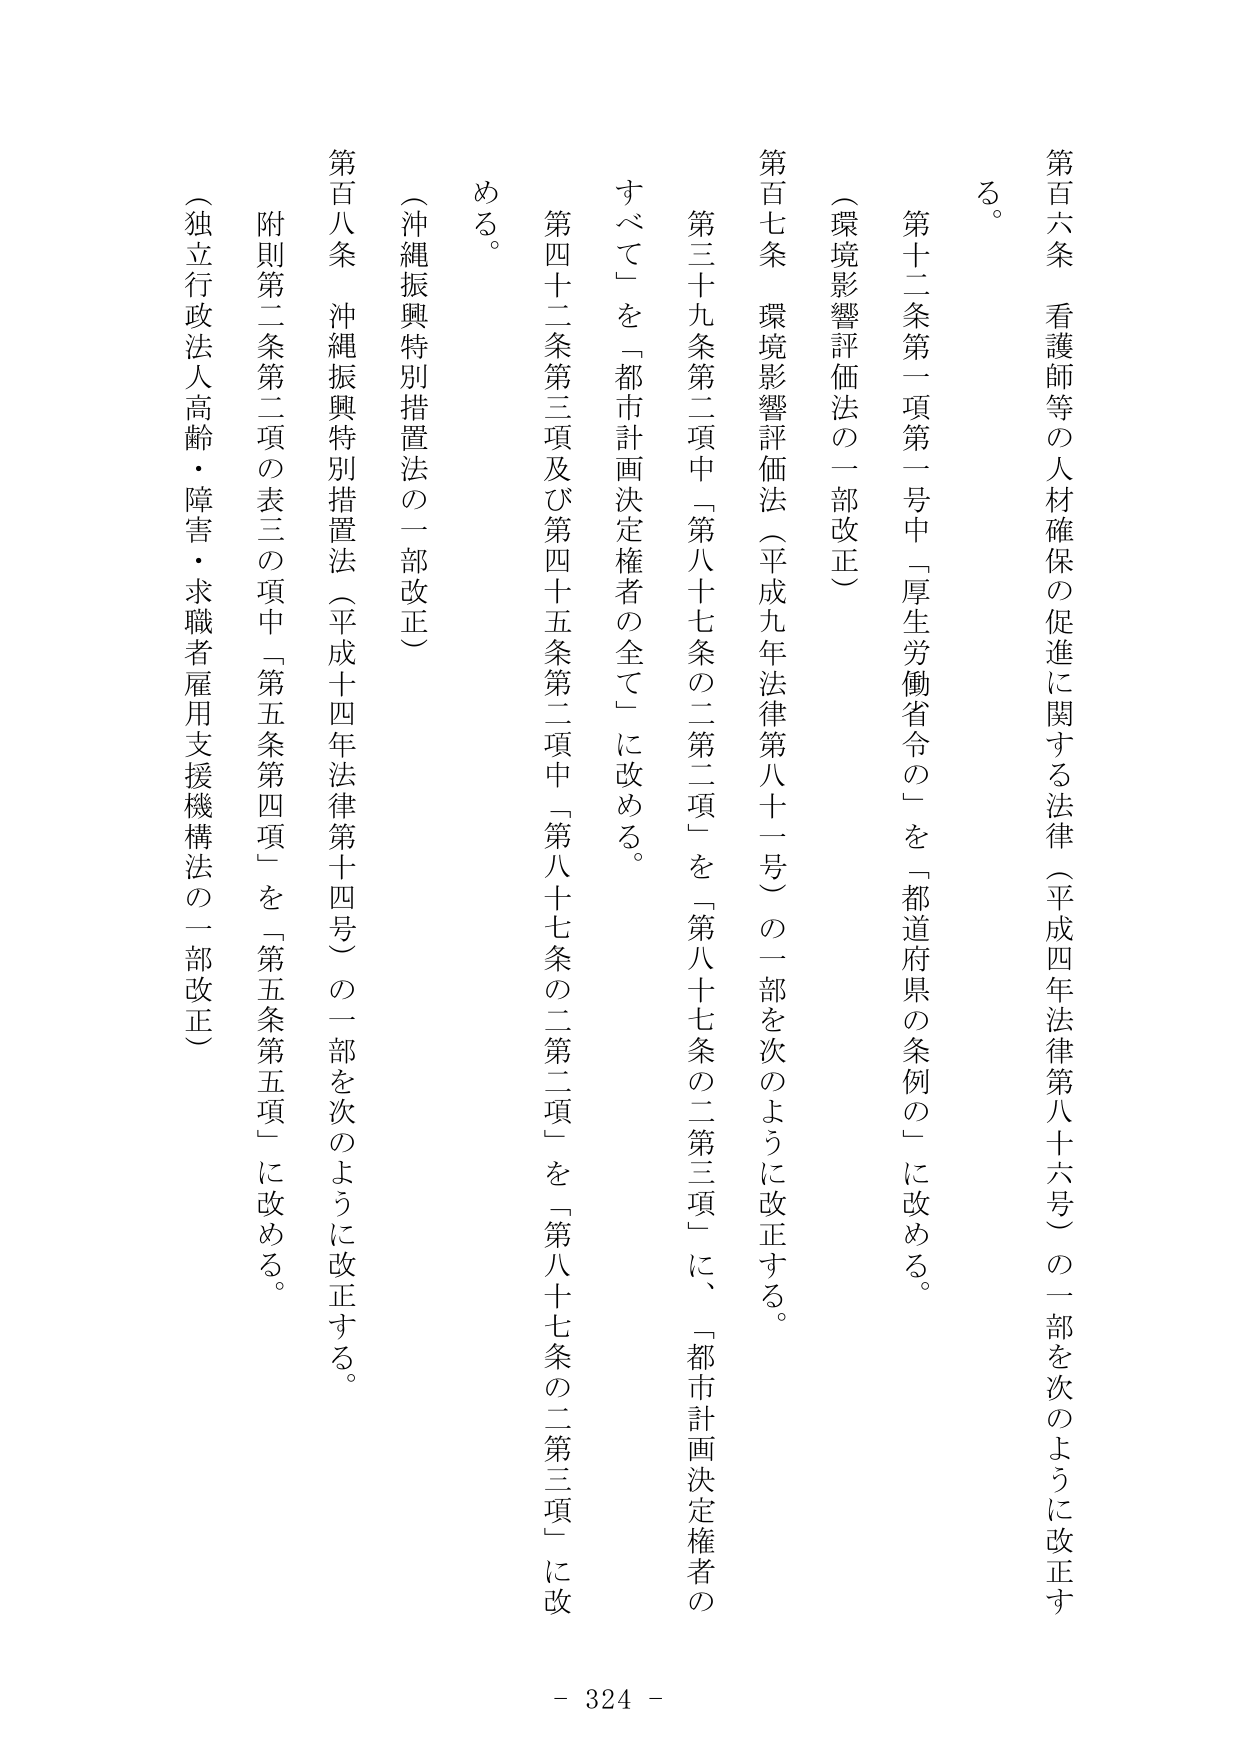
第百六条 看護師等の人材確保の促進に関する法律（平成四年法律第八十六号）の一部を次のように改正する。

第十二条第一項第一号中「厚生労働省令の」を「都道府県の条例の」に改める。

（環境影響評価法の一部改正）

第百七条 環境影響評価法（平成九年法律第八十一号）の一部を次のように改正する。

第三十九条第二項中「第八十七条の二第二項」を「第八十七条の二第三項」に、「都市計画決定権者のすべて」を「都市計画決定権者の全て」に改める。

第四十二条第三項及び第四十五条第二項中「第八十七条の二第二項」を「第八十七条の二第三項」に改める。

（沖縄振興特別措置法の一部改正）

第百八条 沖縄振興特別措置法（平成十四年法律第十四号）の一部を次のように改正する。

附則第二条第二項の表三の項中「第五条第四項」を「第五条第五項」に改める。

（独立行政法人高齢・障害・求職者雇用支援機構法の一部改正）

- 324 -